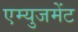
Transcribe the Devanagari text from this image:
एम्‍युजमेंट